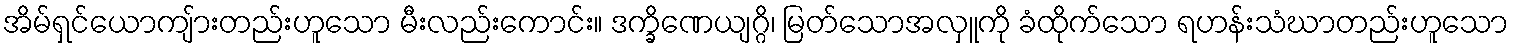
အိမ်ရှင်ယောကျ်ားတည်းဟူသော မီးလည်းကောင်း။ ဒက္ခိဏေယျဂ္ဂိ၊ မြတ်သောအလှူကို ခံထိုက်သော ရဟန်းသံဃာတည်းဟူသော